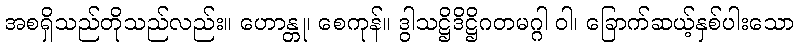
အစရှိသည်တိုသည်လည်း။ ဟောန္တု၊ စေကုန်။ ဒွါသဋ္ဌိဒိဋ္ဌိဂတမဂ္ဂါ ဝါ၊ ခြောက်ဆယ့်နှစ်ပါးသော